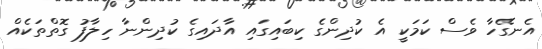
އެނގޭހާ ވެސް ކަމަކީ އެ ކުދިންގެ ކިބައިގައި އާދައިގެ ކުދިންނާ ހިލާފު ގޮތްތަކެއް